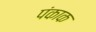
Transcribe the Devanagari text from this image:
पंकाक